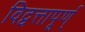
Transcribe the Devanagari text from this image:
विद्वत्तापूर्ण्‌